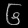
Digit: ၆